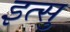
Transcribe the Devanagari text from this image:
इत्सु